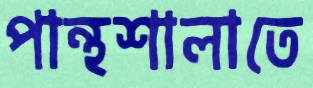
পান্থশালাতে